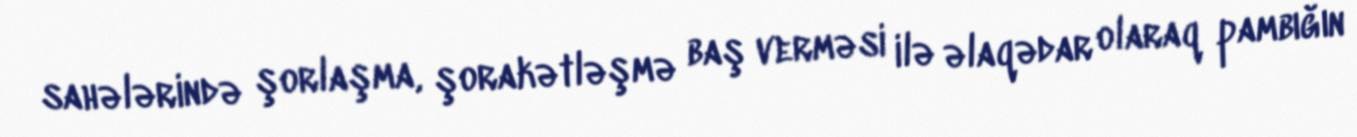
sahələrində şorlaşma, şorakətləşmə baş verməsi ilə əlaqədar olaraq pambığın